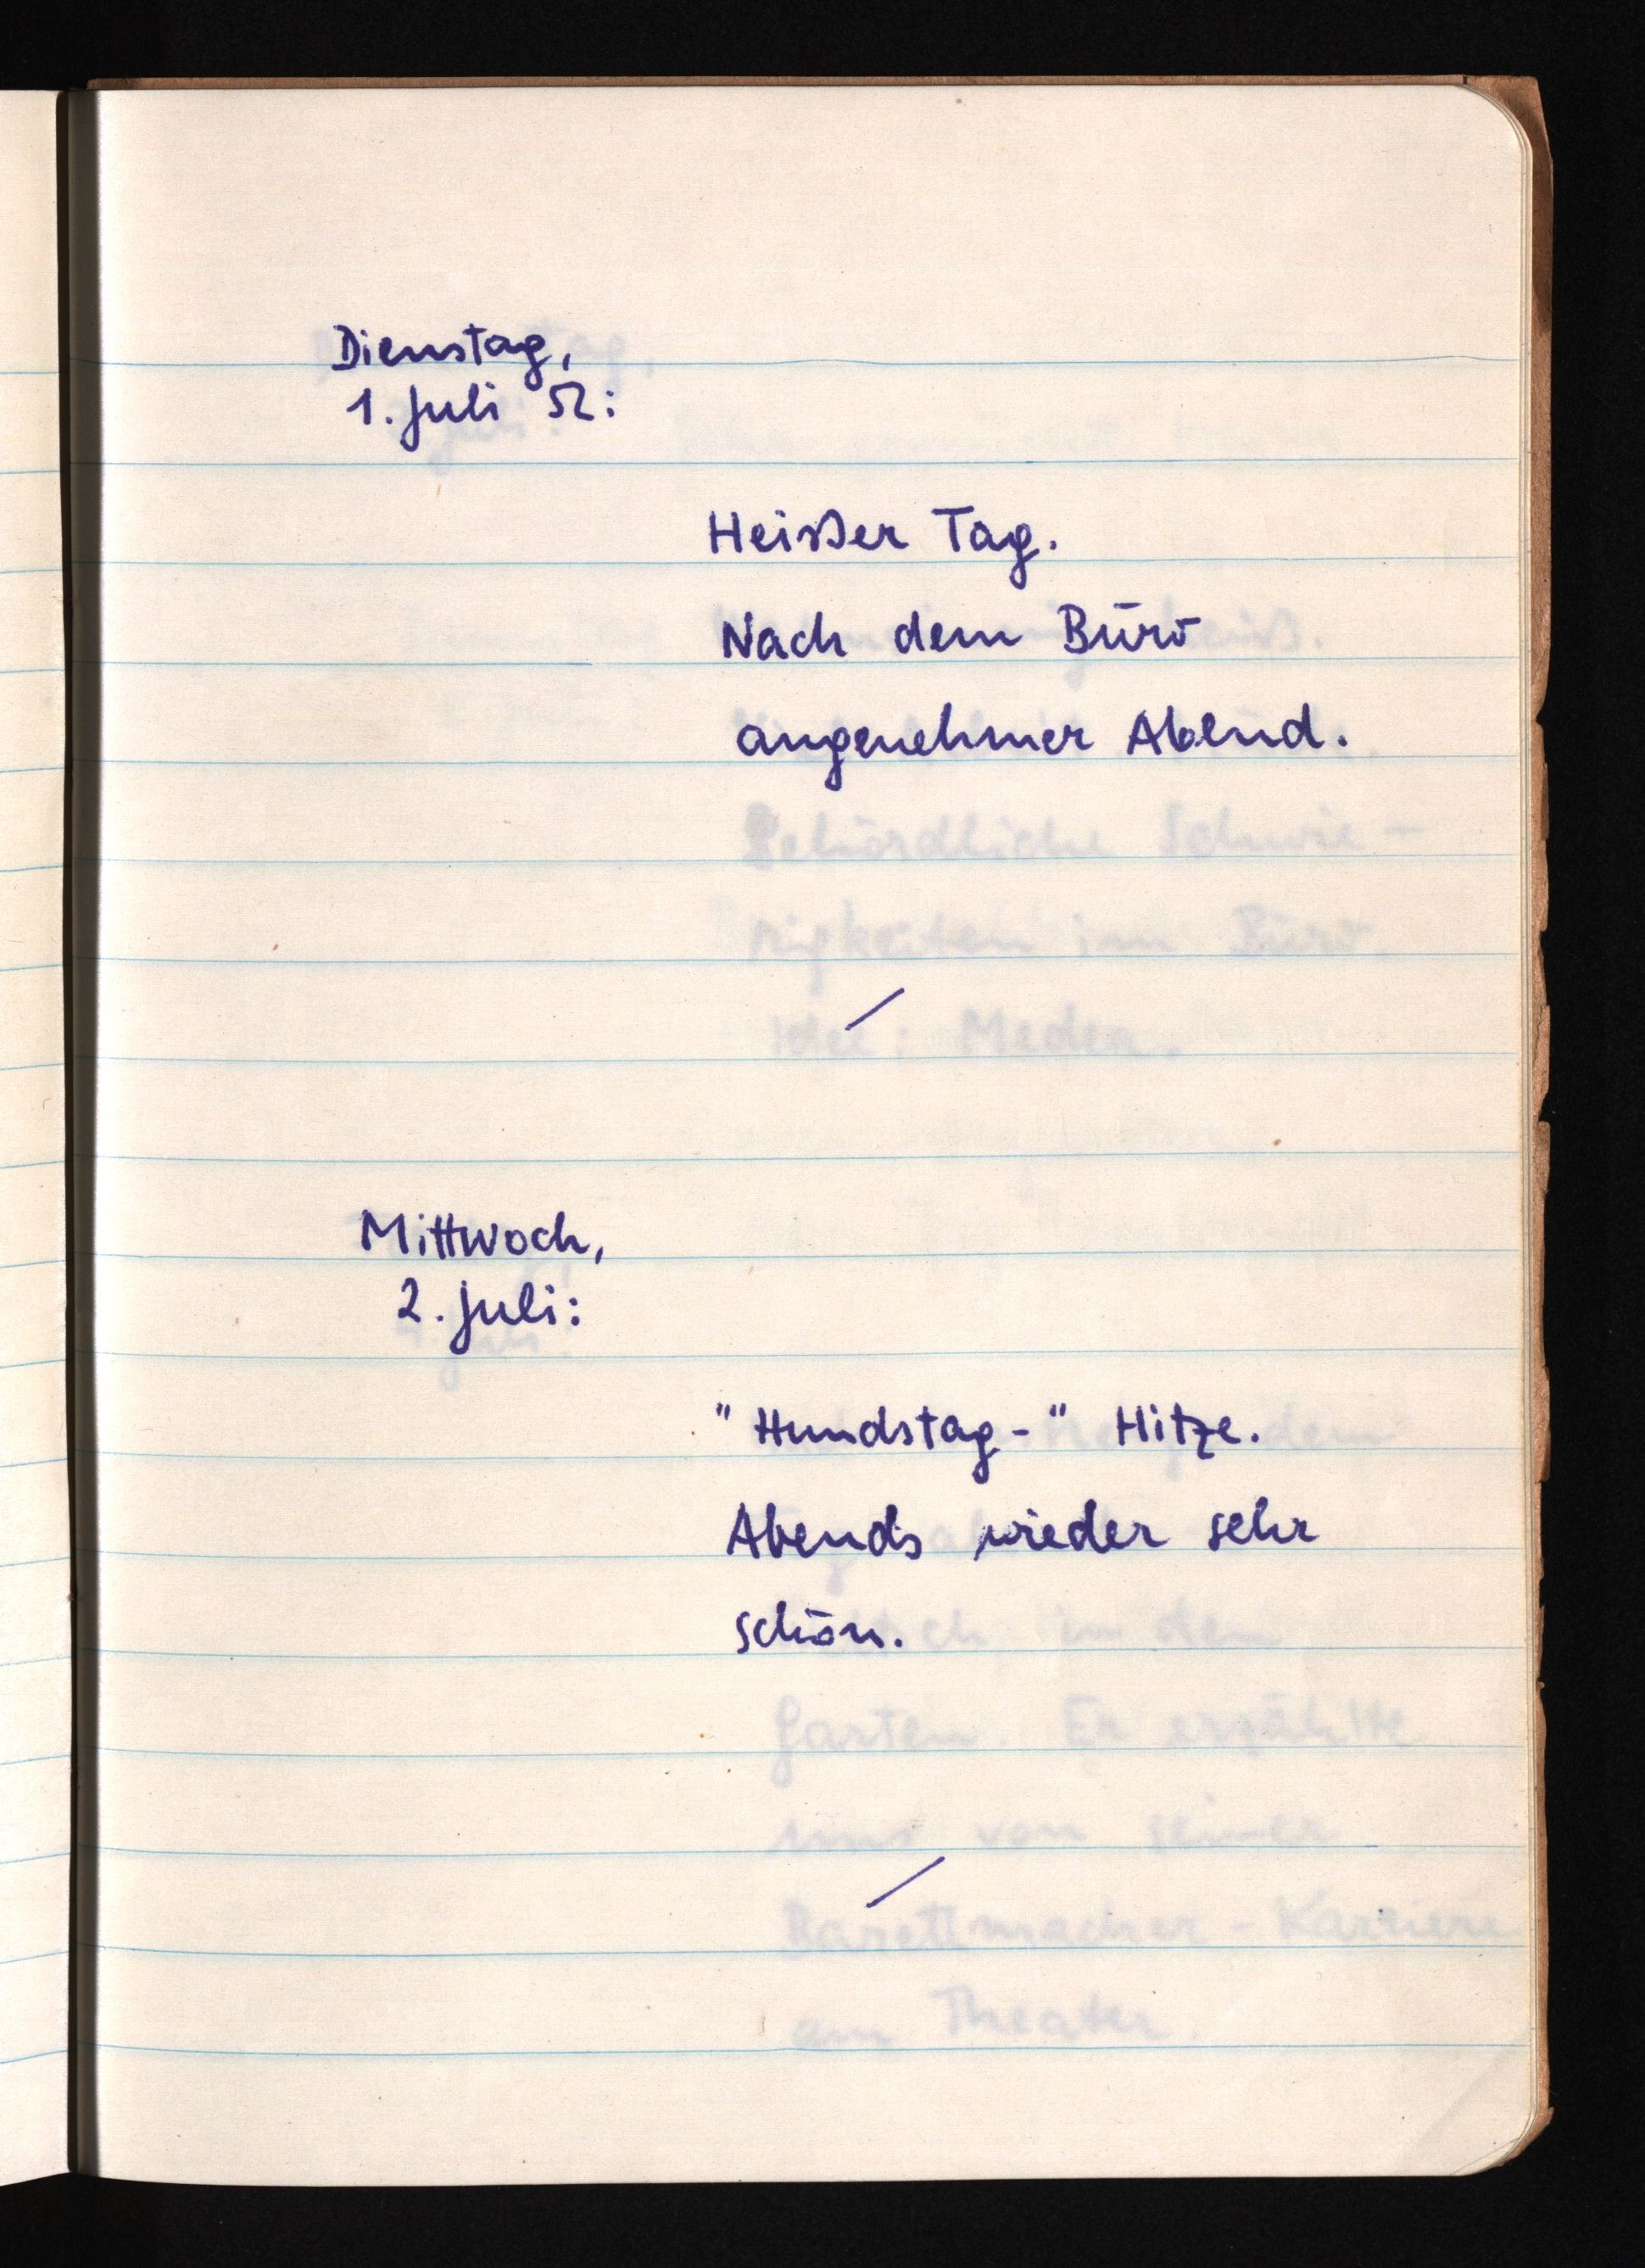
Dienstag,
1. Juli 52:
Heißer Tag.
Nach dem Büro
angenehmer Abend.
Mittwoch,
2. Juli:
"Hundstag-" Hitze.
Abends wieder sehr
schön.